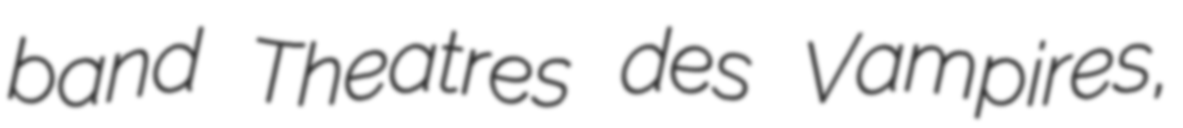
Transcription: band Theatres des Vampires,